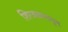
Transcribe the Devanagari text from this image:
शिरवळपासून